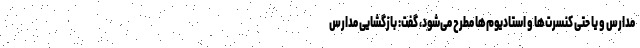
مدارس و یا حتی کنسرت‌ها و استادیوم‌ها مطرح می‌شود، گفت: بازگشایی مدارس